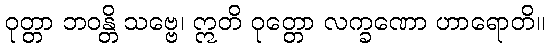
ဝုတ္တာ ဘဝန္တိ သဗ္ဗေ၊ ဣတိ ဝုတ္တော လက္ခဏော ဟာရောတိ။